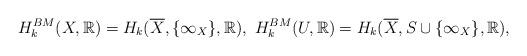
LaTeX: \begin{align*}H^{BM}_k(X,\mathbb{R}) = H_k(\overline{X}, \{\infty_X\},\mathbb{R}), \ H^{BM}_k(U,\mathbb{R}) = H_k(\overline{X}, S \cup \{\infty_X\},\mathbb{R}),\end{align*}